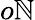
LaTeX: o\mathbb{N}